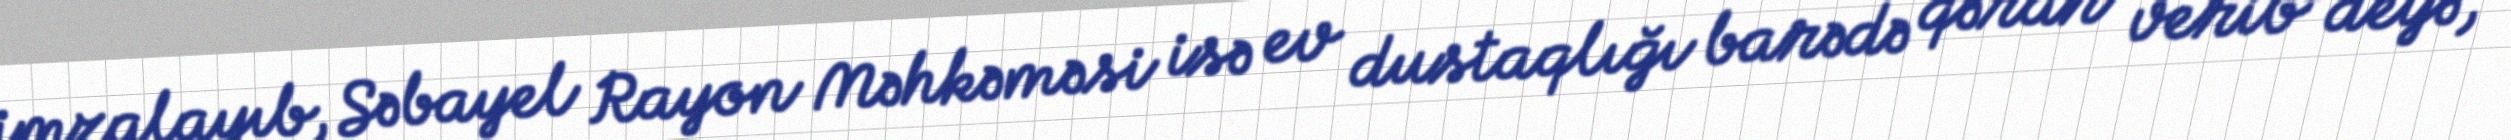
imzalayıb, Səbayel Rayon Məhkəməsi isə ev dustaqlığı barədə qərar verib” deyə,